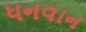
ધનવાન